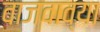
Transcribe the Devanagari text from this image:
वाजवाव्या